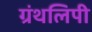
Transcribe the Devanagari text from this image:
ग्रंथलिपी